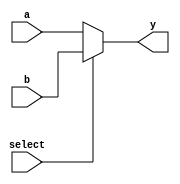
module mux2Data(

	input select,
	input [31:0] a,b,
	output [31:0] y);
	
	wire [31:0] a_internal, b_internal;


	assign y = (select) ? b : a;

endmodule